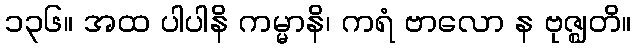
၁၃၆။ အထ ပါပါနိ ကမ္မာနိ၊ ကရံ ဗာလော န ဗုဇ္ဈတိ။